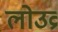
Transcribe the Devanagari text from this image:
लोउव्र